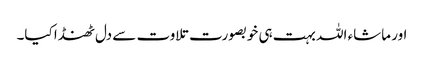
اور ماشاء اللہ بہت ہی خوبصورت تلاوت سے دل ٹھنڈا کیا۔